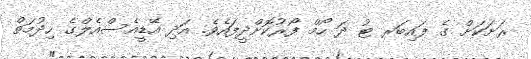
ރަށަކަށް ގެ ފައިބަރ ޓު ދަ ހޯމް ފޯރުކޮށްދީފައެވެ. އަދި އޭޑީއެސްއެލްގެ ހިދުމަތް